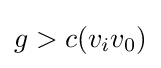
g>c(v_{i}v_{0})